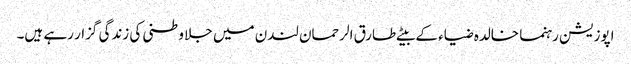
اپوزیشن رہنما خالدہ ضیاء کے بیٹے طارق الرحمان لندن میں جلا وطنی کی زندگی گزار رہے ہیں۔